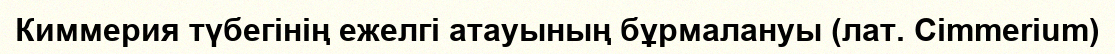
Киммерия түбегінің ежелгі атауының бұрмалануы (лат. Cimmerium)